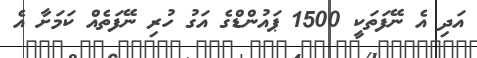
އަދި އެ ނޭފަތަކީ 1500 ޕައުންޑްގެ އަގު ހުރި ނޭފަތެއް ކަމަށާ އެ